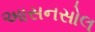
આસનસોલ